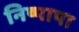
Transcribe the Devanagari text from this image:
निष्पापा